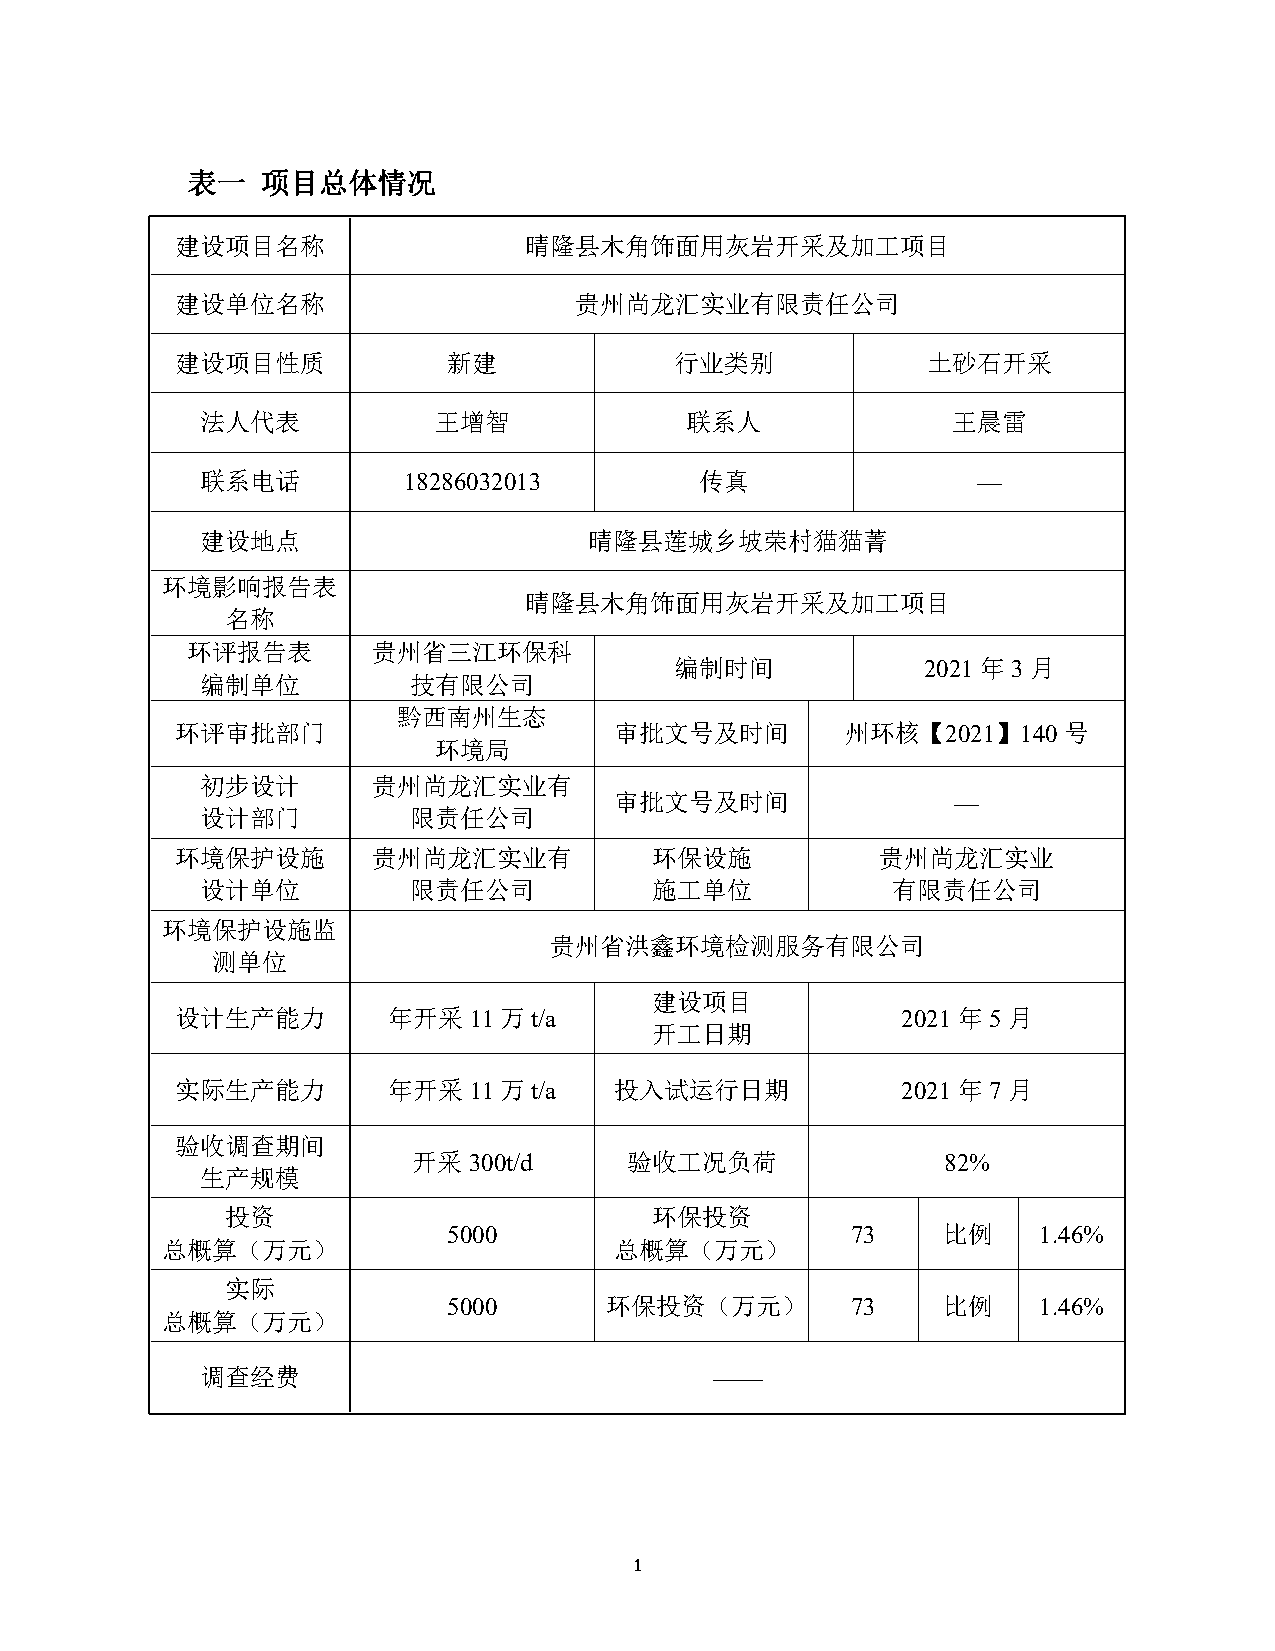
表一   项目总体情况
 建设项目名称                 晴隆县木角饰面用灰岩开采及加工项目
 建设单位名称                    贵州尚龙汇实业有限责任公司
 建设项目性质            新建             行业类别            土砂石开采
 法人代表            王增智             联系人               王晨雷
 联系电话          18286032013        传真                 —
 建设地点                      晴隆县莲城乡坡荣村猫猫菁
 环境影响报告表
 晴隆县木角饰面用灰岩开采及加工项目
 名称
 环评报告表        贵州省三江环保科
 编制时间            2021年3月
 编制单位          技有限公司
 黔西南州生态
 环评审批部门                       审批文号及时间        州环核【2021】140号
 环境局
 初步设计        贵州尚龙汇实业有
 审批文号及时间               —
 设计部门          限责任公司
 环境保护设施       贵州尚龙汇实业有          环保设施           贵州尚龙汇实业
 设计单位          限责任公司           施工单位            有限责任公司
 环境保护设施监
 贵州省洪鑫环境检测服务有限公司
 测单位
 建设项目
 设计生产能力        年开采11万t/a                         2021年5月
 开工日期
 实际生产能力        年开采11万t/a      投入试运行日期            2021年7月
 验收调查期间
 开采300t/d      验收工况负荷                82%
 生产规模
 投资                          环保投资
 5000                      73    比例     1.46%
 总概算（万元）                       总概算（万元）
 实际
 5000      环保投资（万元）        73    比例     1.46%
 总概算（万元）
 调查经费                              ——
 1